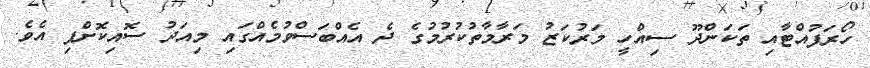
ހޯރަފުއްޓާއި ތަކަންދޫ ސިއްހީ މަރުކަޒު މަރާމާތުކުރުމުގެ ދެ އެއްބަސްވުމެއްގައި މިއަދު ސޮއިކޮށްފި އެވެ.